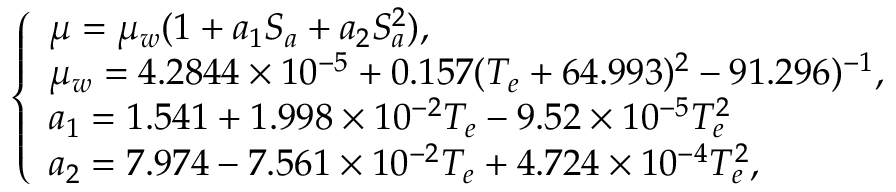
\left\{ \begin{array} { l } { \mu = \mu _ { w } ( 1 + a _ { 1 } S _ { a } + a _ { 2 } S _ { a } ^ { 2 } ) , } \\ { \mu _ { w } = 4 . 2 8 4 4 \times 1 0 ^ { - 5 } + 0 . 1 5 7 ( T _ { e } + 6 4 . 9 9 3 ) ^ { 2 } - 9 1 . 2 9 6 ) ^ { - 1 } , } \\ { a _ { 1 } = 1 . 5 4 1 + 1 . 9 9 8 \times 1 0 ^ { - 2 } T _ { e } - 9 . 5 2 \times 1 0 ^ { - 5 } T _ { e } ^ { 2 } } \\ { a _ { 2 } = 7 . 9 7 4 - 7 . 5 6 1 \times 1 0 ^ { - 2 } T _ { e } + 4 . 7 2 4 \times 1 0 ^ { - 4 } T _ { e } ^ { 2 } , } \end{array} \right.